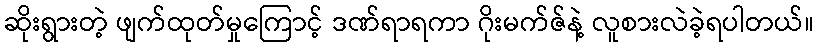
ဆိုးရွားတဲ့ ဖျက်ထုတ်မှုကြောင့် ဒဏ်ရာရကာ ဂိုးမက်ဇ်နဲ့ လူစားလဲခဲ့ရပါတယ်။